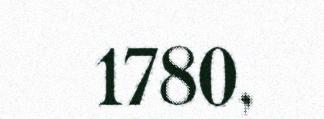
1780,